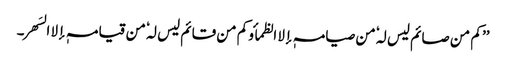
’’ کم من صائم لیس لہٗ من صیامہٖ إلا الظمأ و کم من قائم لیس لہٗ من قیامہٖ إلا السَھر۔